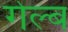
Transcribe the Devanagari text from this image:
गेल्ब